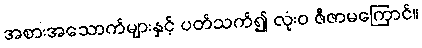
အစားအသောက်များနှင့် ပတ်သက်၍ လုံးဝ ဇီဇာမကြောင်။